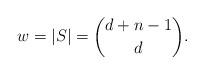
LaTeX: \begin{align*}w=|S|={d+n-1\choose d}.\end{align*}